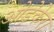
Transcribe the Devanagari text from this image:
ओड़ेकेरा